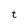
Character: t